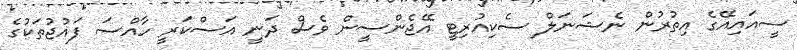
ސީއައިއޭގެ އިތުރުން ނެޝަނަލް ސެކިއުރިޓީ އޭޖެންސީން ވެސް ދަނީ އަސްކަރީ ހާއްސަ ފައުޖުތަކުގެ